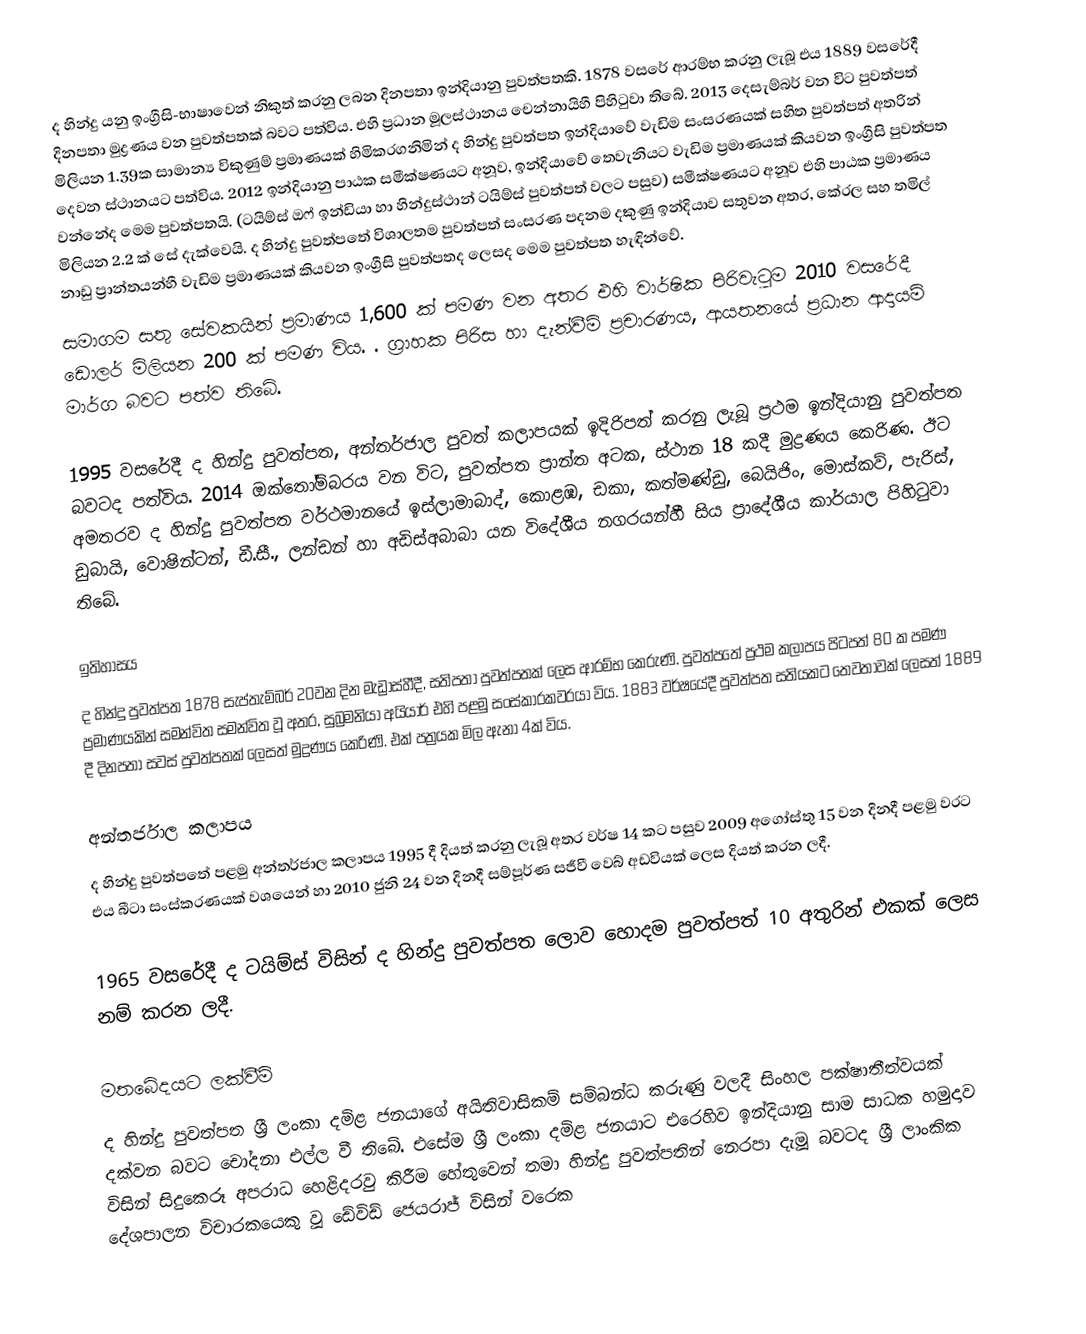
ද හින්දු යනු ඉංග්‍රීසි-භාෂාවෙන් නිකුත් කරනු ලබන දිනපතා ඉන්දියානු පුවත්පතකි. 1878 වසරේ ආරම්භ කරනු ලැබූ එය 1889 වසරේදී දිනපතා මුද්‍රණය වන පුවත්පතක් බවට පත්විය. එහි ප්‍රධාන මූලස්ථානය චෙන්නායිහී පිහිටුවා තිබේ. 2013 දෙසැම්බර් වන විට පුවත්පත් මිලියන 1.39ක සාමාන්‍ය විකුණුම් ප්‍රමාණයක් හිමිකරගනිමින් ද හින්දු පුවත්පත ඉන්දියාවේ වැඩිම සංසරණයක් සහිත පුවත්පත් අතරින් දෙවන ස්ථානයට පත්විය. 2012 ඉන්දියානු පාඨක සමීක්ෂණයට අනූව, ඉන්දියාවේ තෙවැනියට වැඩිම ප්‍රමාණයක් කියවන ඉංග්‍රීසි පුවත්පත වන්නේද මෙම පුවත්පතයි. (ටයිම්ස් ඔෆ් ඉන්ඩියා හා හින්දුස්ථාන් ටයිම්ස් පුවත්පත් වලට පසුව) සමීක්ෂණයට අනූව එහි පාඨක ප්‍රමාණය මිලියන 2.2 ක් සේ දැක්වෙයි. ද හින්දු පුවත්පතේ විශාලතම පුවත්පත් සංසරණ පදනම දකුණු ඉන්දියාව සතුවන අතර, කේරල සහ තමිල් නාඩු ප්‍රාන්තයන්හී වැඩිම ප්‍රමාණයක් කියවන ඉංග්‍රීසි පුවත්පතද ලෙසද මෙම පුවත්පත හැඳින්වේ.
සමාගම සතු සේවකයින් ප්‍රමාණය 1,600 ක් පමණ වන අතර එහි වාර්ෂික පිරිවැටුම 2010 වසරේදී ඩොලර් මිලියන 200 ක් පමණ විය. . ග්‍රාහක පිරිස හා දැන්වීම් ප්‍රචාරණය, ආයතනයේ ප්‍රධාන ආදායම් මාර්ග බවට පත්ව තිබේ.

1995 වසරේදී ද හින්දු පුවත්පත, අන්තර්ජාල පුවත් කලාපයක් ඉදිරිපත් කරනු ලැබූ ප්‍රථම ඉන්දියානු පුවත්පත බවටද පත්විය. 2014 ඔක්තෝම්බරය වන විට, පුවත්පත ප්‍රාන්ත අටක, ස්ථාන 18 කදී මුද්‍රණය කෙරිණ.  ඊට අමතරව ද හින්දු පුවත්පත වර්ථමානයේ ඉස්ලාමාබාද්, කොළඹ, ඩකා, කත්මණ්ඩු, බෙයිජිං, මොස්කව්, පැරිස්, ඩුබායි, වොෂින්ටන්, ඩී.සී., ලන්ඩන් හා අඩිස්අබාබා යන විදේශීය නගරයන්හී සිය ප්‍රාදේශීය කාර්යාල පිහිටුවා තිබේ.

ඉතිහාසය
ද හින්දු පුවත්පත 1878 සැප්තැම්බර් 20වන දින මැඩ්‍රාස්හීදී, සතිපතා පුවත්පතක් ලෙස ආරම්භ කෙරුණි. පුවත්පතේ ප්‍රථම කලාපය පිටපත් 80 ක පමණ ප්‍රමාණයකින් සමන්විත සමන්විත වූ අතර, සුබ්‍රමනියා අයියාර් එහි පළමු සංස්කාරකවරයා විය. 1883 වර්ෂයේදී පුවත්පත සතියකට තෙවතාවක් ලෙසත් 1889 දී දිනපතා සවස් පුවත්පතක් ලෙසත් මුද්‍රණය කෙරිණි. එක් පත්‍රයක මිල ඇනා 4ක් විය.

අන්තර්ජාල කලාපය
ද හින්දු පුවත්පතේ පළමු අන්තර්ජාල කලාපය 1995 දී දියත් කරනු ලැබූ අතර වර්ෂ 14 කට පසුව 2009 අගෝස්තු 15 වන දිනදී පළමු වරට එය බීටා සංස්කරණයක් වශයෙන් හා 2010 ජුනි 24 වන දිනදී සම්පූර්ණ සජීවී වෙබ් අඩවියක් ලෙස දියත් කරන ලදී.

1965 වසරේදී ද ටයිම්ස් විසින් ද හින්දු පුවත්පත ලොව හොදම පුවත්පත් 10 අතුරින් එකක් ලෙස නම් කරන ලදී.

මතබේදයට ලක්වීම්
ද හින්දු පුවත්පත ශ්‍රී ලංකා දමිළ ජනයාගේ අයිතිවාසිකම් සම්බන්ධ කරුණු වලදී සිංහල පක්ෂාතීත්වයක් දක්වන බවට චෝදනා එල්ල වී තිබේ. එසේම ශ්‍රී ලංකා දමිළ ජනයාට එරෙහිව ඉන්දියානු සාම සාධක හමුදාව විසින් සිදුකෙරූ අපරාධ හෙළිදරවු කිරීම හේතුවෙන් තමා හින්දු පුවත්පතින් නෙරපා දැමූ බවටද ශ්‍රී ලාංකික දේශපාලන විචාරකයෙකු වූ ඩේවිඩ් ජෙයරාජ් විසින් වරෙක